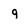
Character: q